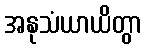
အနုသံယာယိတွာ